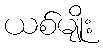
ယစ်မျိုး